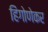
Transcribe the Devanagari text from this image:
हिंगोणेकर